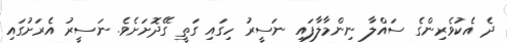
ދެ އެކުވެރިންގެ ސައްލާ ނިންމާލާފައި ނަސީރު ހިގައި ގަތީ ގޭދޮށަށެވެ. ނަސީރު އެރަށުގައި